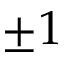
\pm 1